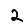
Digit: 2